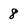
Character: 8